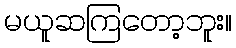
မယူဆကြတော့ဘူး။